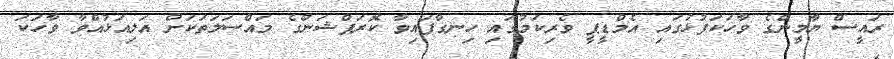
ރައީސް ޔާމީންގެ ވާހަކަފުޅުގައި އެމްޑީޕީ ވެރިކަމުގައި ހިނގާފައިވާ ކޮރަޕްޝަންގެ މައްސަލަތަކަށް އަލިއަޅުއްވާ ވާހަކަ